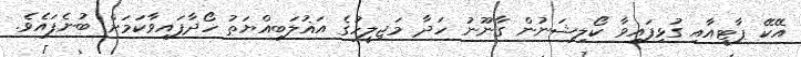
އޭކޭ ޕާޓީއާއި ގުޅިފައިވާ ކޯލިޝަނުން ގާނޫނު ހަދާ މަޖިލީހުގެ އަޣުލަބިއްޔަތު ހޯދާފައިވާކަމަށް ބުނެފައެވެ.